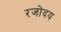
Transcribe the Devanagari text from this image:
रजोदय